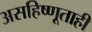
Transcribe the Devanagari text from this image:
असहिष्णूताही